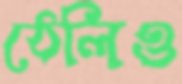
ঠেলিও